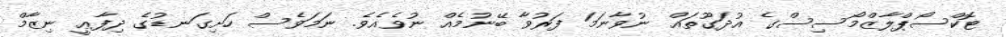
ޓޮކްސޯޕްލާޒްމޯސިސްގެ އުދަގޫތައް ނުވާނަމަ ފަރުވާ ބޭނުމެއް ނުވެއެވެ. ނަމަވެސް ހަށިގަނޑުގެ ދިފާޢީ ނިޒާމް